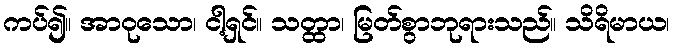
ကပ်၍။ အာဝုသော၊ ငါ့ရှင်။ သတ္ထာ၊ မြတ်စွာဘုရားသည်။ သိရိမာယ၊